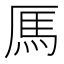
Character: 𫨑